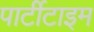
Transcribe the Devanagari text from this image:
पार्टीटाइम